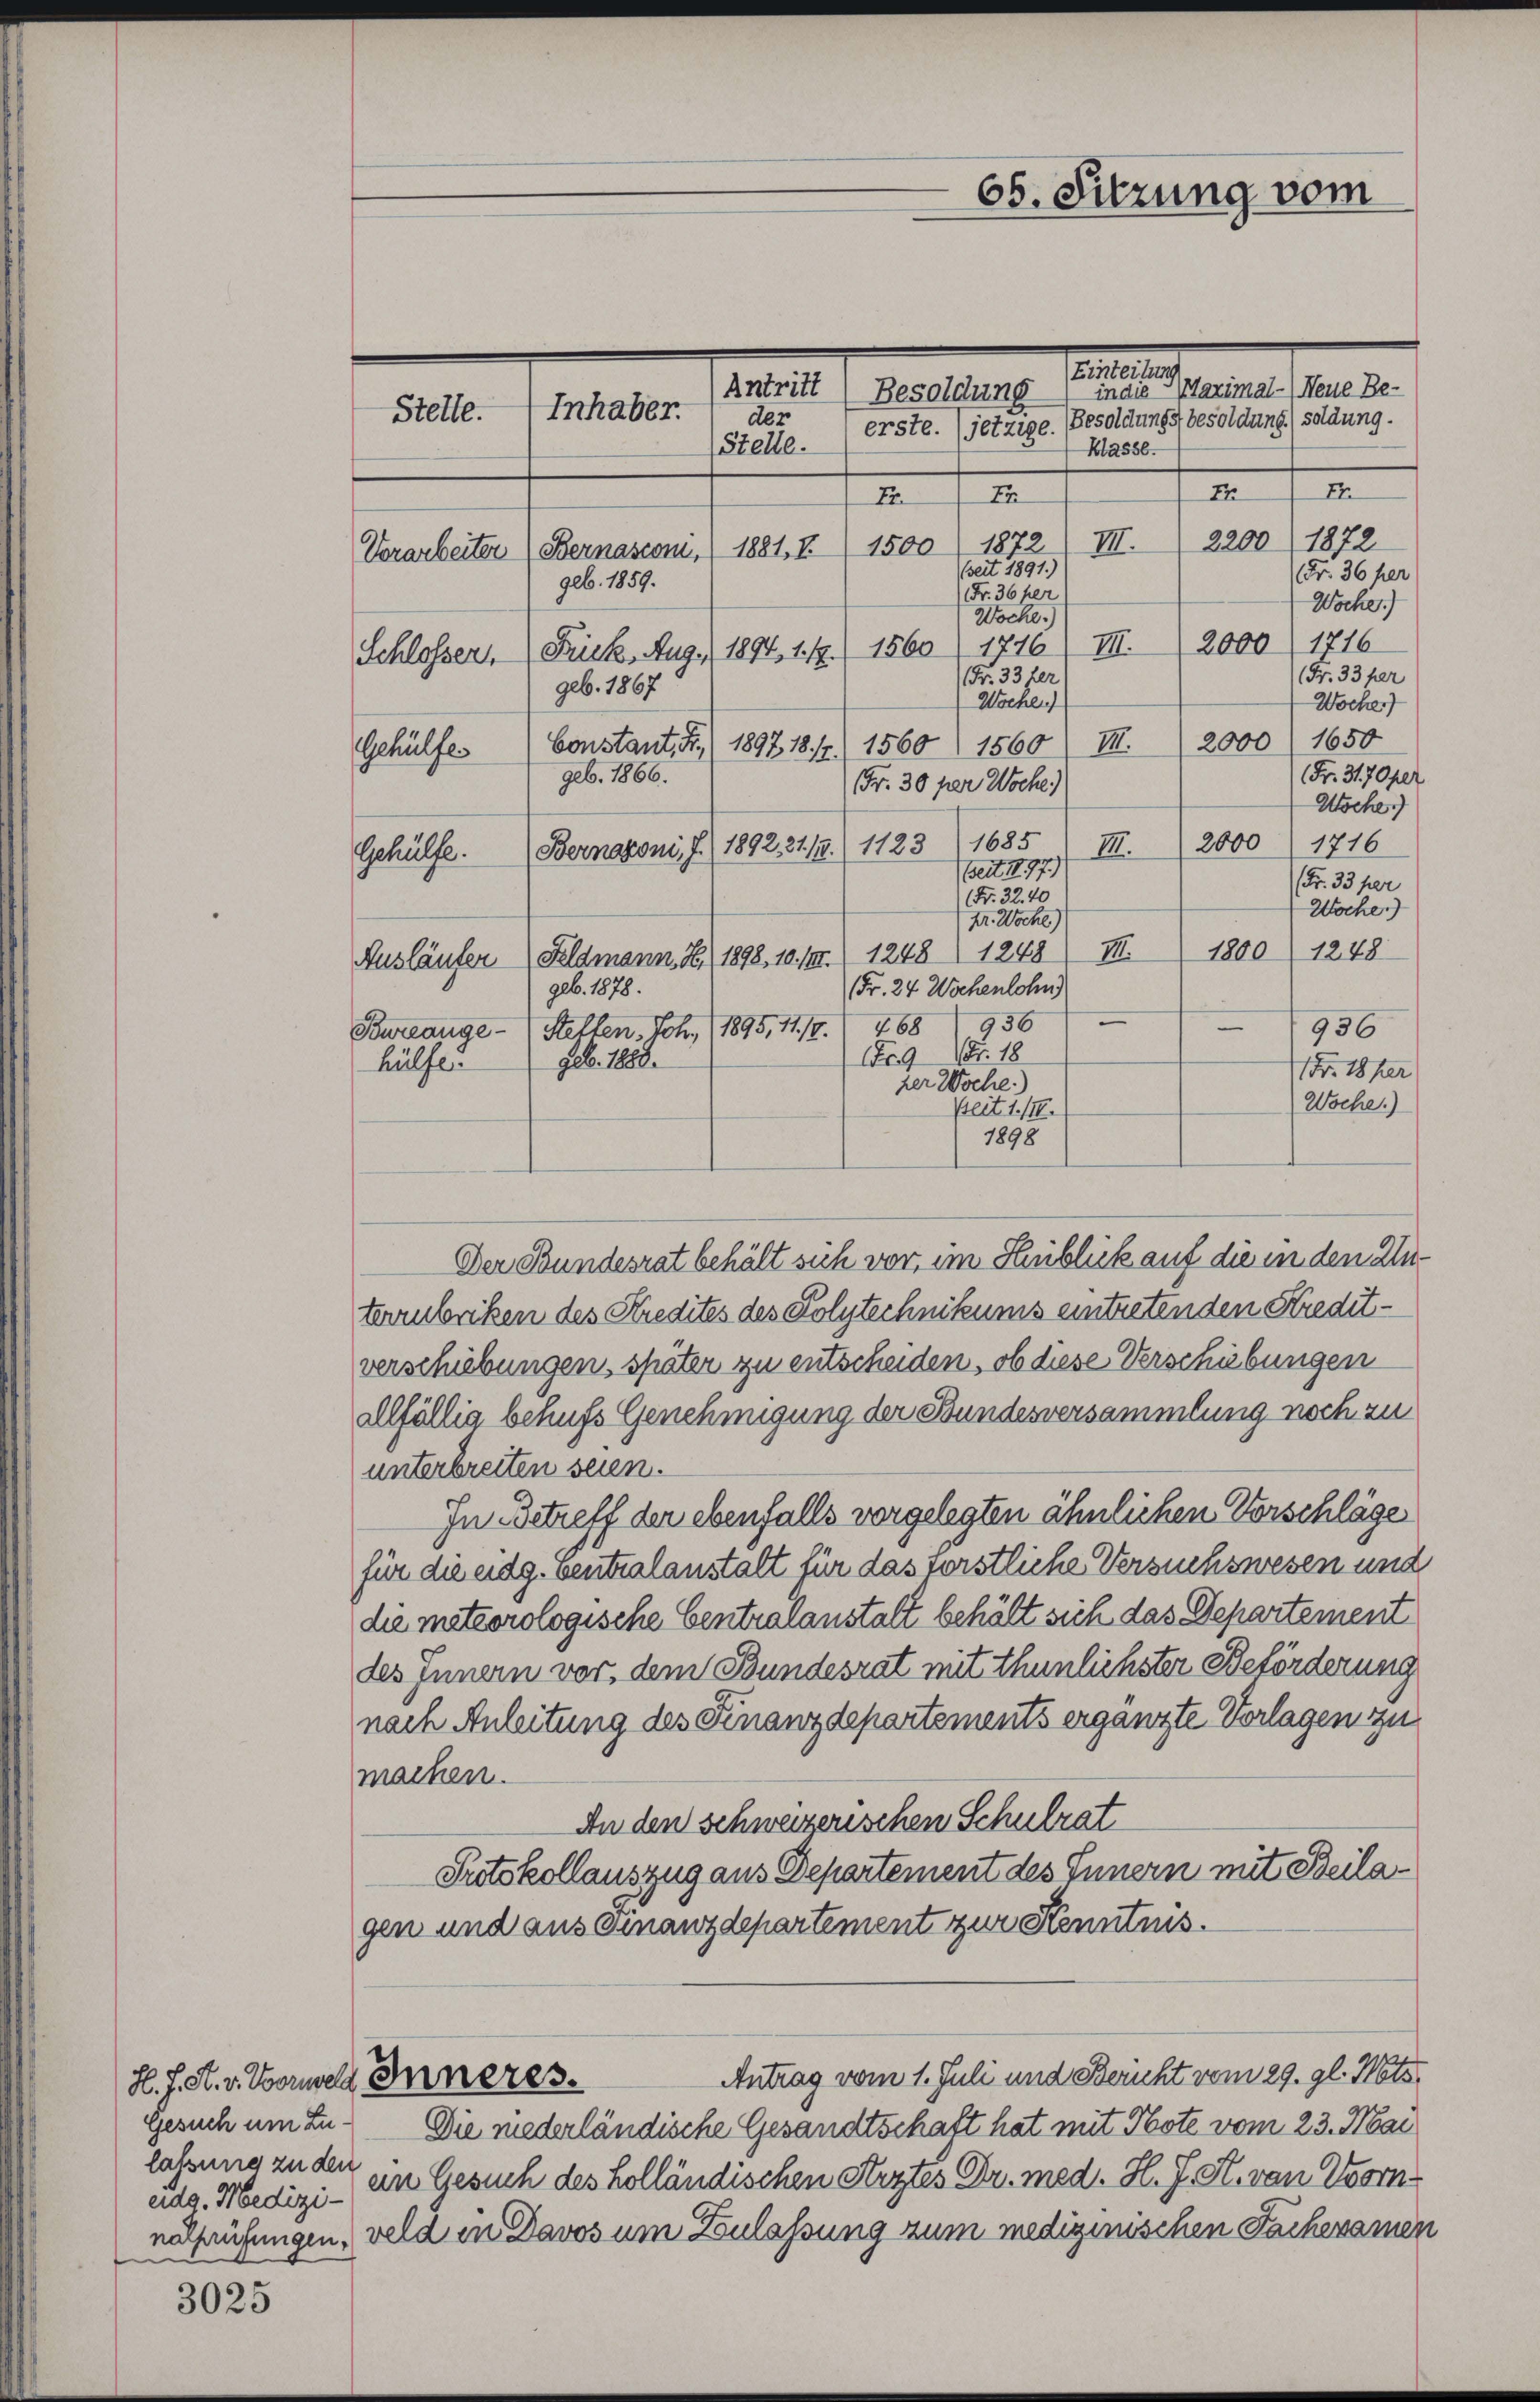
H. f. St. v. Vorwelt
Gesuch um Zulassung zu den

3025

Sie
in die Maximal-) Neue Be-
Antritt (Besoldung
Inhaber.
Stelle.
der
(Stelle. erste. (jetzige. (Besoldungs besoldung soldung.
Klasse
I
.
77
7
2200 1872
1500/1872) III.
Vorarbeiter (Bernasconi, 1881, I.
Zeit 1891.)
Fr. 36 per
geb. 1859.
Fr. 36 per
Wocher)
Woche.)
2000 (1716
Schlosser Frick. Aug. 1894, 11. 1560) 1776) III.
Fr. 33 her
Fr. 33 fer
geb. 1867
Wochen)
Wocher

Gehülfe
Gehülfe.
hülfe.

2000 (1650
geb. 1866.
Fr. 30 par Woche.)
Asche
2000 (1716
Bernaroni, J. 1892. 31./9. 11231685
III.
Bet 1177)
Fr. 33 per
(Fr. 32. 40
Woche
(Hr. Woche)
1800) 1248
Ausläufer Feldmann I (1898, 10. III. 1248. 1248) III.
(Fr. 24 Wochenlohn)
geb. 1878.
“
956
Bureange - Stetten, Joh. (1895, 11. 19. 468 956
Fr. 9 Nr. 18
1Fr. 18 her
her Woche.)
Woche.)
Zeit 1. /12.
1898
Der Bundesrat behält sich vor, im Hinblick auf die in den Untermbriken des Kredites des Polytechnikums eintretenden Kredit-
verschiebungen, später zu entscheiden, ob diese Verschiebungen
alfällig behufs Genehmigung der Bundesversammlung noch zu
unterbreiten seien.
In Betreff der ebenfalls vorgelegten ähnlichen Vorschläge
für die eidg. ventralanstalt für das forstliche Versuchswesen und
die meteorologische Centralanstalt behält sich das Departement
des Innern vor, dem Bundesrat mit thunlichster Beförderung
nach Anleitung des Finanzdepartements ergänzte Vorlagen zu
machen.
An den schweizerischen Schulrat
Protokollauszug aus Departement des Innern mit Beilagen und aus Finanzdepartement zur Kenntnis.

Inneres.

geb. 1888.

Constant, R. (1897, 18. 17. 1560 1560) III.

65. Sitzung vom

Antrag vom 1. Juli und Bericht vom 29. gl. Mts.

Fr. 31. 70 fl

Die niederländische Gesandtschaft hat mit Note vom 23. Mai
adg. Medizien Gesuch des Holländischen Arztes Dr. med. H. J. R. von Vorn
nathausungen, weld in Davos um Zulassung zum medizinischen Fachexamen